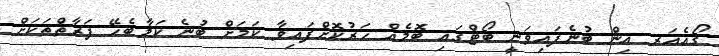
ގޯއެއަރ އިން ބުނެފައިވަނީ ބޯޓްގައި ބޮމެއް ހަރުކޮށްފައިވާ ކަމަށް ބުނެ ކަމާބެހޭ ފަރާތްތަކަށް